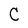
Character: C